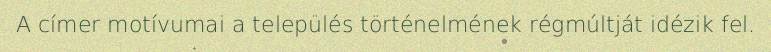
A címer motívumai a település történelmének régmúltját idézik fel.